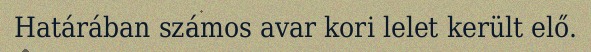
Határában számos avar kori lelet került elő.